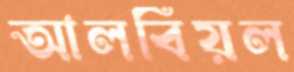
আলবিয়ল